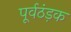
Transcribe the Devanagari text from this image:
पूर्वठंड़क